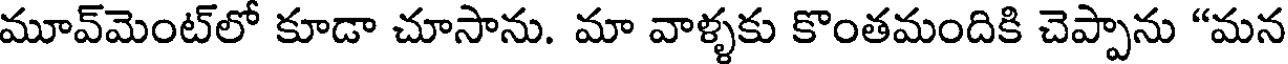
మూవ్మెంట్లో కూడా చూసాను. మా వాళ్ళకు కొంతమందికి చెప్పాను "మన